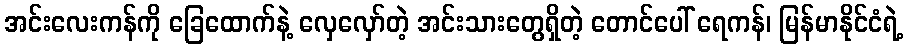
အင်းလေးကန်ကို ခြေထောက်နဲ့ လှေလှော်တဲ့ အင်းသားတွေရှိတဲ့ တောင်ပေါ် ရေကန်၊ မြန်မာနိုင်ငံရဲ့